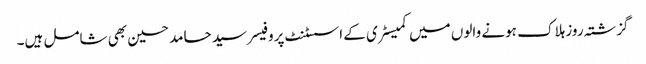
گزشتہ روز ہلاک ہونے والوں میں کمیسٹری کے اسسٹنٹ پروفیسر سید حامد حسین بھی شامل ہیں۔